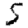
Digit: 5